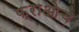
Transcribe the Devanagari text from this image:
फ्राओच